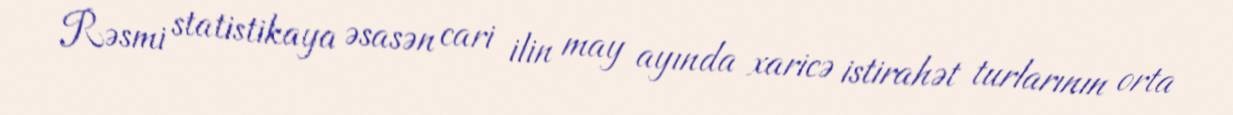
Rəsmi statistikaya əsasən cari ilin may ayında xaricə istirahət turlarının orta